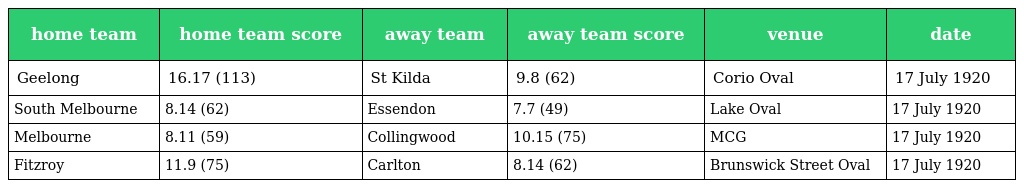
| home team | home team score | away team | away team score | venue | date |
 | --- | --- | --- | --- | --- | --- |
 | Geelong | 16.17 (113) | St Kilda | 9.8 (62) | Corio Oval | 17 July 1920 |
 | South Melbourne | 8.14 (62) | Essendon | 7.7 (49) | Lake Oval | 17 July 1920 |
 | Melbourne | 8.11 (59) | Collingwood | 10.15 (75) | MCG | 17 July 1920 |
 | Fitzroy | 11.9 (75) | Carlton | 8.14 (62) | Brunswick Street Oval | 17 July 1920 |